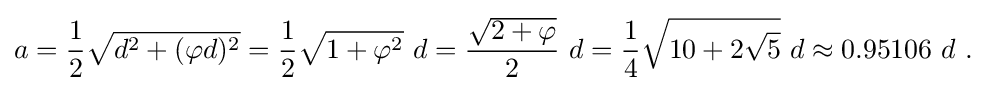
a={1 \over 2}{\sqrt {d^{2}+(\varphi d)^{2}}}={1 \over 2}{\sqrt {1+\varphi ^{2}}}~d={{\sqrt {2+\varphi }} \over 2}~d={1 \over 4}{\sqrt {10+2{\sqrt {5}}}}~d\approx 0.95106~d~.~